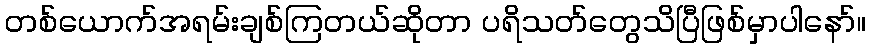
တစ်ယောက်အရမ်းချစ်ကြတယ်ဆိုတာ ပရိသတ်တွေသိပြီဖြစ်မှာပါနော်။